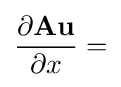
{\frac {\partial \mathbf {A} \mathbf {u} }{\partial x}}=